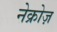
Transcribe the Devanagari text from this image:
नेक्रोज़